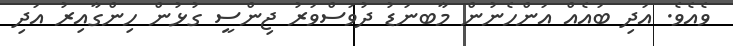
ވެއެވެ. އަދި ބައެއް އަންހެނުން މާބނަޑު ދުވަސްވަރު ޖިންސީ ގުޅުން ހިންގާއިރު އަދި